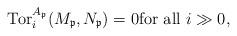
LaTeX: \begin{align*}\operatorname{Tor}_i^{A_{\mathfrak{p}}}(M_{\mathfrak{p}}, N_{\mathfrak{p}}) = 0 \mbox{for all } i \gg 0,\end{align*}